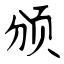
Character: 颁